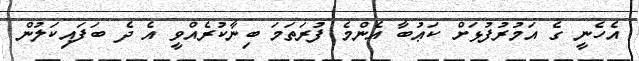
އެހެނީ ގެ އަމުރުފުޅަށް ކަޢުބާ އެންމެ ފުރަތަމަ ބިނާކުރެއްވީ އެ ދެ ބަފައިކަލުން